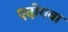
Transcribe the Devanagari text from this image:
एदोगवा